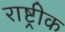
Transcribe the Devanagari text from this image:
राष्ट्रीक